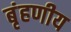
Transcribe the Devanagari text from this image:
बृंहणीय